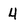
Character: 4